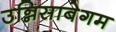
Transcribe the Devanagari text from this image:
उन्निसाबेगम